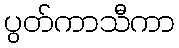
ပွတ်ကာသီကာ